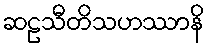
ဆဠသီတိသဟဿာနိ